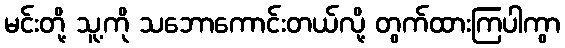
မင်းတို့ သူ့ကို သဘောကောင်းတယ်လို့ တွက်ထားကြပါကွာ